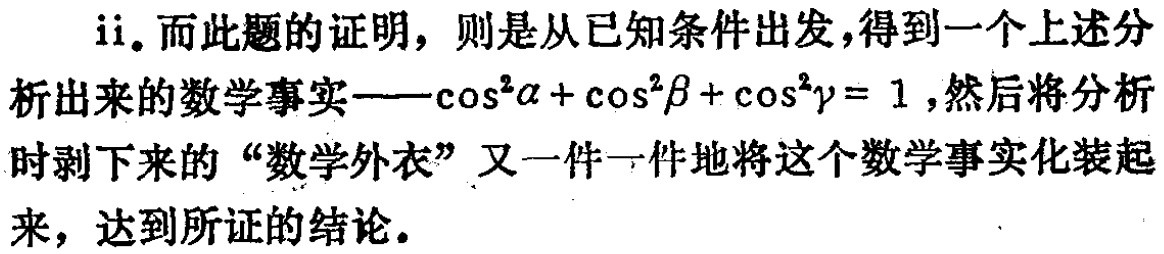
ii. 而此题的证明，则是从已知条件出发，得到一个上述分析出来的数学事实——\(\cos^{2}\alpha+\cos^{2}\beta+\cos^{2}\gamma = 1\)，然后将分析时剥下来的“数学外衣”又一件一件地将这个数学事实化装起来，达到所证的结论。